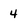
Character: 4